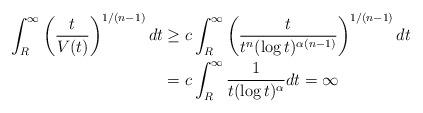
LaTeX: \begin{align*} \int_R^\infty \left( \frac{t}{V(t)} \right)^{1/(n-1)} dt &\ge c\int_R^\infty \left( \frac{t}{t^n (\log t)^{\alpha(n-1)}} \right)^{1/(n-1)} dt \\ &= c\int_R^\infty \frac{1}{t (\log t)^{\alpha}} dt = \infty \end{align*}